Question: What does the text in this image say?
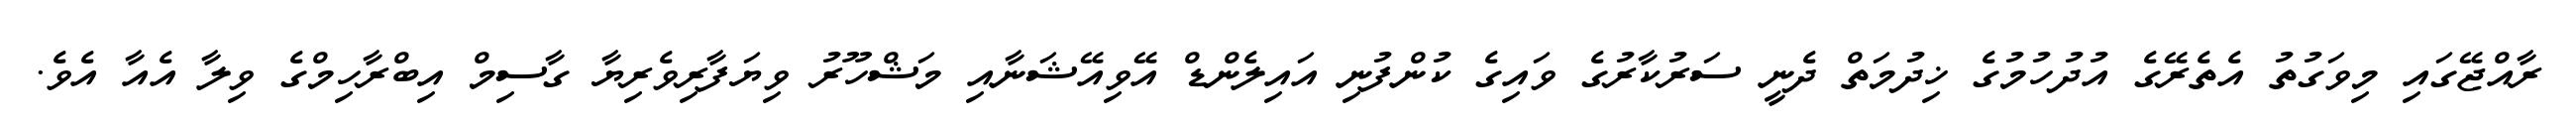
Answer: ރާއްޖޭގައި މިވަގުތު އެތެރޭގެ އުދުހުމުގެ ޚިދުމަތް ދެނީ ސަރުކާރުގެ ވައިގެ ކުންފުނި އައިލެންޑް އޭވިއޭޝަނާއި މަޝްހޫރު ވިޔަފާރިވެރިޔާ ގާސިމް އިބްރާހިމްގެ ވިލާ އެއާ އެވެ.